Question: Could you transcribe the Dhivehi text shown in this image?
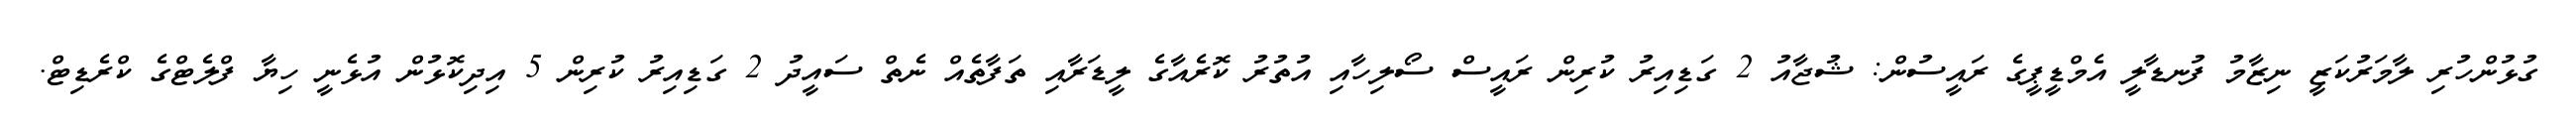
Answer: ގުޅުންހުރި ލާމަރުކަޒީ ނިޒާމު ފުނޑާލީ އެމްޑީޕީގެ ރައީސުން: ޝުޖާއު 2 ގަޑިއިރު ކުރިން ރައީސް ސޯލިހާއި އުތުރު ކޮރެއާގެ ލީޑަރާއި ތަފާތެއް ނެތް ސައީދު 2 ގަޑިއިރު ކުރިން 5 އިދިކޮޅުން އުޅެނީ ހިޔާ ފްލެޓްގެ ކްރެޑިޓް.